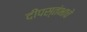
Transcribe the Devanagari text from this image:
दीपस्तंभाचे